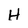
Character: H